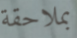
بملاحقة